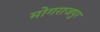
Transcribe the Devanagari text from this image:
मोगराजपुर